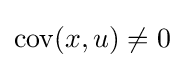
\operatorname {cov} (x,u)\neq 0